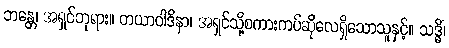
ဘန္တေ၊ အရှင်ဘုရား။ တယာဝါဒိနာ၊ အရှင်သို့စကားကပ်ဆိုလေရှိသောသူနှင့်။ သဒ္ဓိံ၊